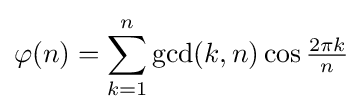
\varphi (n)=\sum \limits _{k=1}^{n}\gcd(k,n)\cos {\tfrac {2\pi k}{n}}